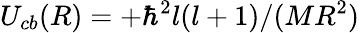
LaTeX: U_{cb}(R)=+\hbar^{2}l(l+1)/(MR^{2})